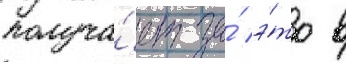
получа́ет за́ э́то в